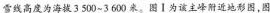
雪线高度为海拔3500\sim 3600米。图Ⅰ为该主峰附近地形图，图